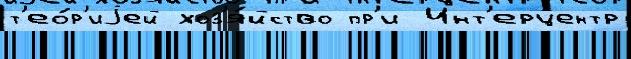
т'ео́р'иjей хоз'я́йство пр'и Инт'ерцентр